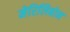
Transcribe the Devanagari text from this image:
मेरिलिबोन